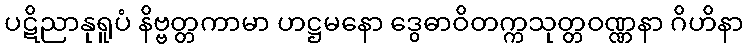
ပဋိညာနုရူပံ နိဗ္ဗတ္တကာမာ ဟဋ္ဌမနော ဒွေဓာဝိတက္ကသုတ္တဝဏ္ဏနာ ဂိဟိနာ